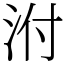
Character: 泭